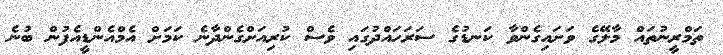
ތަމްރީނުތައް މާލޭގެ ވަށައިގެންވާ ކަނޑުގެ ސަރަހައްދުގައި ވެސް ކުރިއަށްގެންދާނެ ކަމަށް އެމްއެންޑީއެފުން ބުނެ